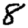
Digit: 8